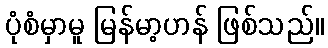
ပုံစံမှာမူ မြန်မာ့ဟန် ဖြစ်သည်။